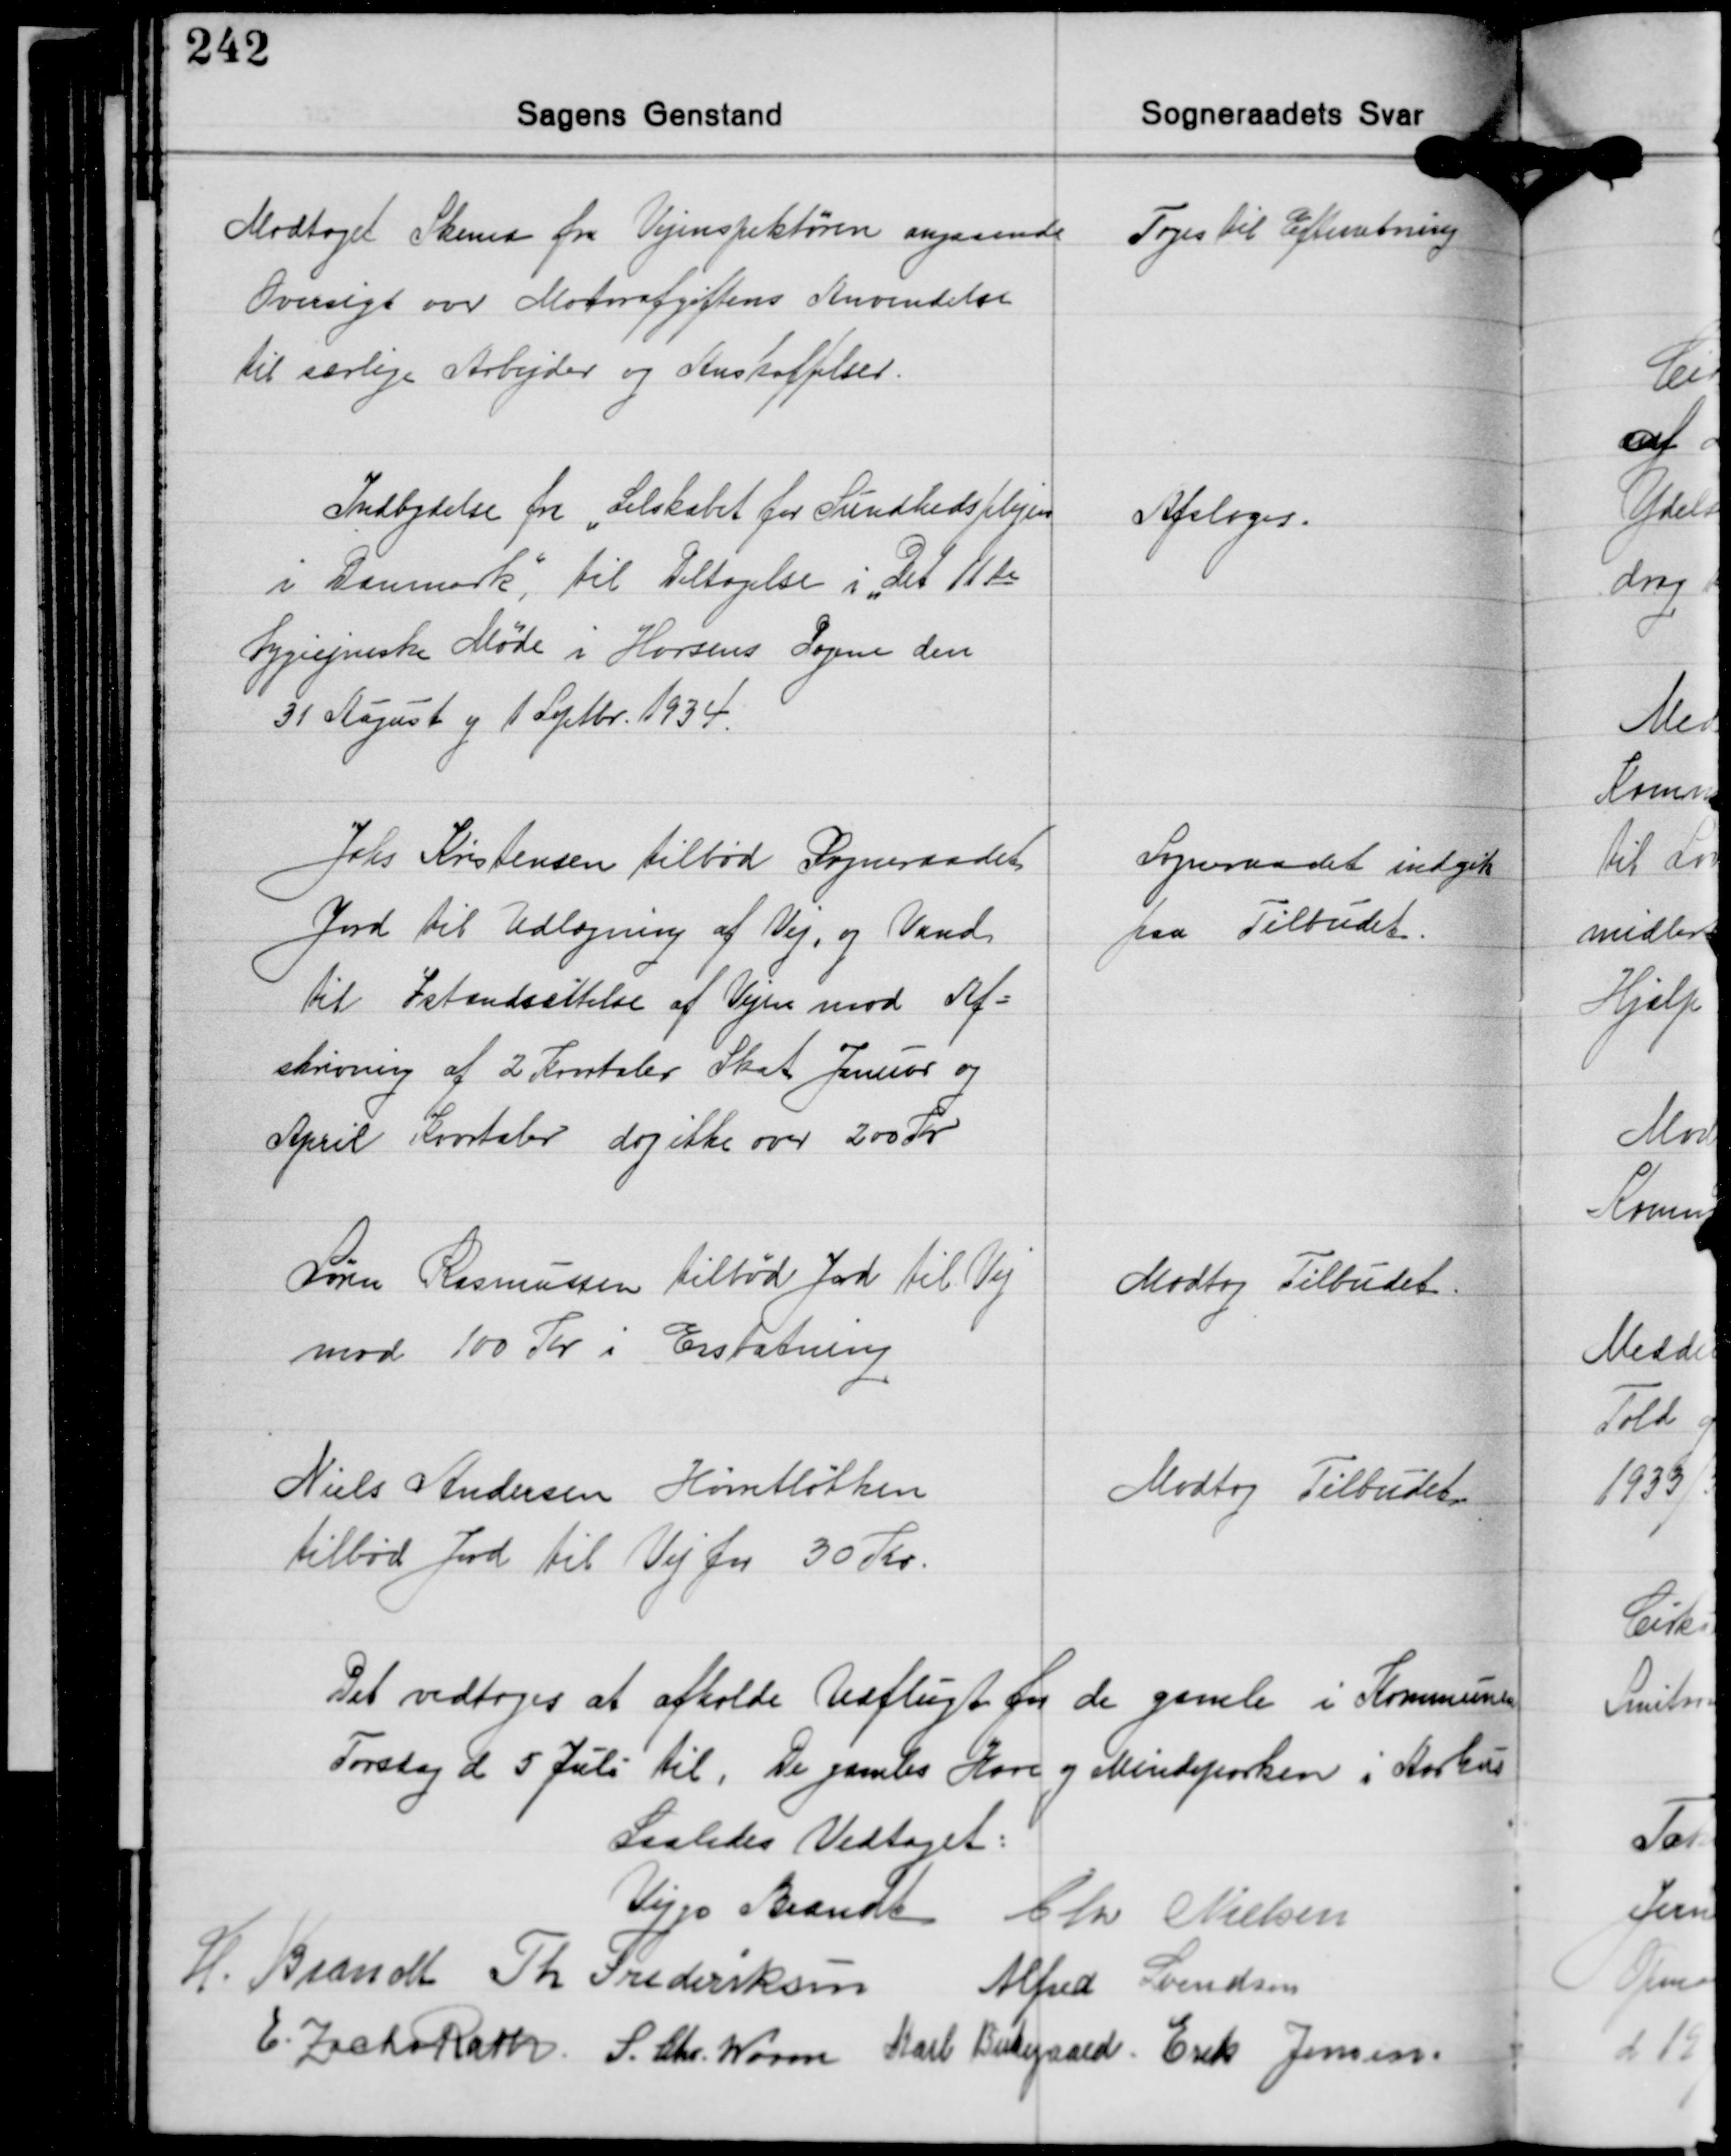
Transskription:
Modtaget Skema fra Vejinspektøren angaaende
Oversigt over Motorafgiftens Anvendelse
til særlige Arbejder og Anskaffelser.

Toges til Efterretning

Indbydelse fra "Selskabet for Sundhedsplejen
i Danmark", til Deltagelse i Det 11te
Hygiejniske Møde i Horsens Dagene den
31 August og 1 Septbr. 1934.

Afsloges.

Johs Kristensen tilbød Sogneraadet
Jord til Udlægning af Vej, og Vand
til Istandsættelse af Vejen mod Af-
skrivning af 2 Kvartaler Skat Januar og
April Kvartaler dog ikke over 200 Kr.

Sogneraadet indgik
paa Tilbudet.

Søren Rasmussen tilbød Jord til Vej
mod 100 Kr i Erstatning

Modtog Tilbudet.

Niels Andersen Hørretløkken
tilbød Jord til Vej for 30 Kr.

Modtog Tilbudet

Det vedtoges at afholde Udflugt for de gamle i Kommunen
Torslag d 5 Juli til, De gamles Have og Mindeparken i Aarhus

Saaledes Vedtaget:
Viggo Brandt Chr. Nielsen
H. Brandt Th. Frederiksen Alfred Svendsen
E. Zacho Rath S. Chr. Worm Karl Birkegaard Erik Jensen